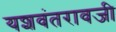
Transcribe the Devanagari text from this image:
यशवंतरावजी